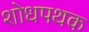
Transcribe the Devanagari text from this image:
शोधपथक